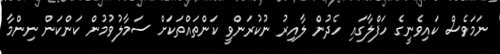
ނަމަވެސް ކައިވެނީގެ ހަފްލާގައި ހެދުން ލާއިރު ނުކުރަންވީ ކަންތައްތަކަށް ސަމާލުވުމުން ކަންކަން ނިންމާ